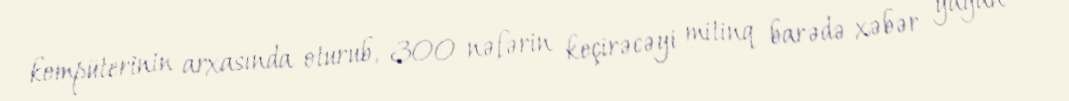
kompüterinin arxasında oturub, 300 nəfərin keçirəcəyi mitinq barədə xəbər yayan